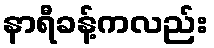
နာရီခန့်ကလည်း